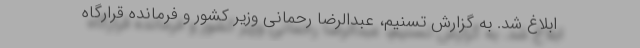
ابلاغ شد. به گزارش تسنیم، عبدالرضا رحمانی وزیر کشور و فرمانده قرارگاه